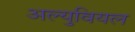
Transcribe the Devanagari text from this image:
अल्युवियल